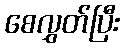
စေလွှတ်ပြီး